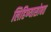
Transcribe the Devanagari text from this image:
लिहिण्यासोबत